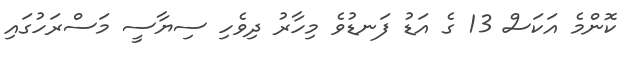
ކޮންމެ އަކަސް 13 ގެ އަޑު ފަނޑުވެ މިހާރު ދިވެހި ސިޔާސީ މަސްރަހުގައި